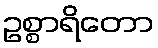
ဥစ္စာရိတော